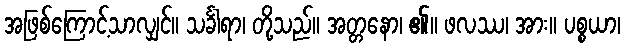
အဖြစ်ကြောင့်သာလျှင်။ သင်္ခါရာ၊ တို့သည်။ အတ္တနော၊ ၏။ ဖလဿ၊ အား။ ပစ္စယာ၊